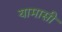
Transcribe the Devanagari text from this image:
यामासी